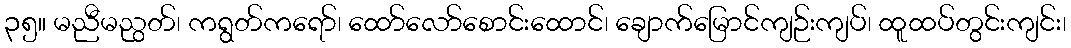
၃၅။ မညီမညွတ်၊ ကရွတ်ကရော်၊ ထော်လော်စောင်းထောင်၊ ချောက်မြောင်ကျဉ်းကျပ်၊ ထူထပ်တွင်းကျင်း၊